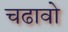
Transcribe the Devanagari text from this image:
चढावो